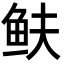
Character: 𩽺